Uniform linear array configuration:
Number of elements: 16
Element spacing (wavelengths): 0.75
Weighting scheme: exponential
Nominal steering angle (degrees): -60
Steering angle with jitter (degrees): -59.535
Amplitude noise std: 0.05
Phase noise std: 0.05

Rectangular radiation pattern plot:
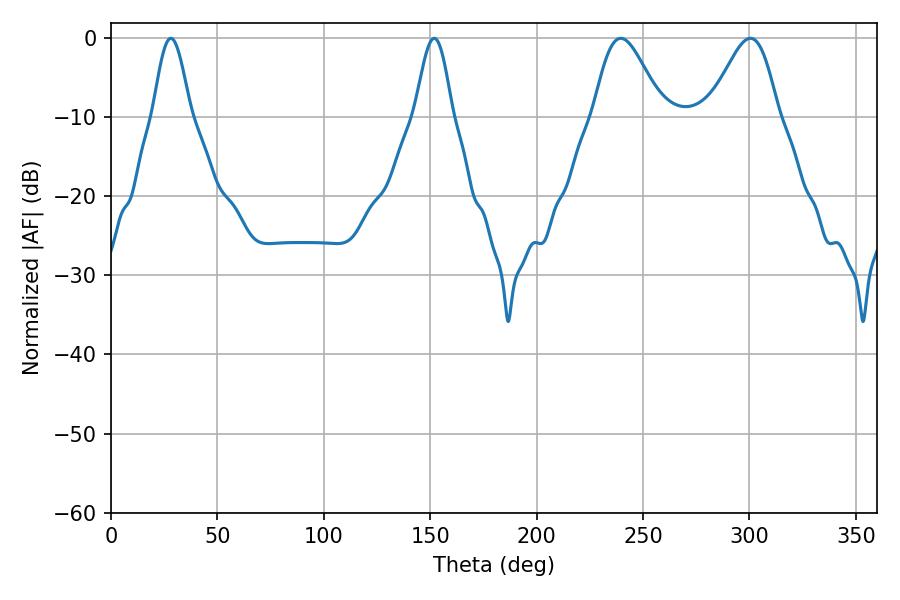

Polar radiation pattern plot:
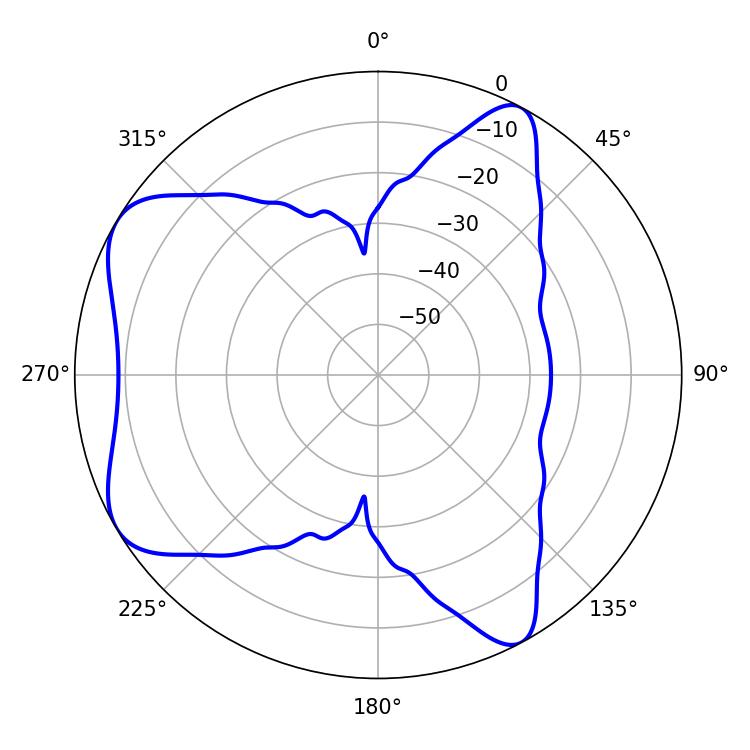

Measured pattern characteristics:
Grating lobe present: TRUE
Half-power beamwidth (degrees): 16.92
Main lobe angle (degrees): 239.58